Vaccination North-Western Provinces and Oudh 1896-1901 - 1896-1901
Year: 1896
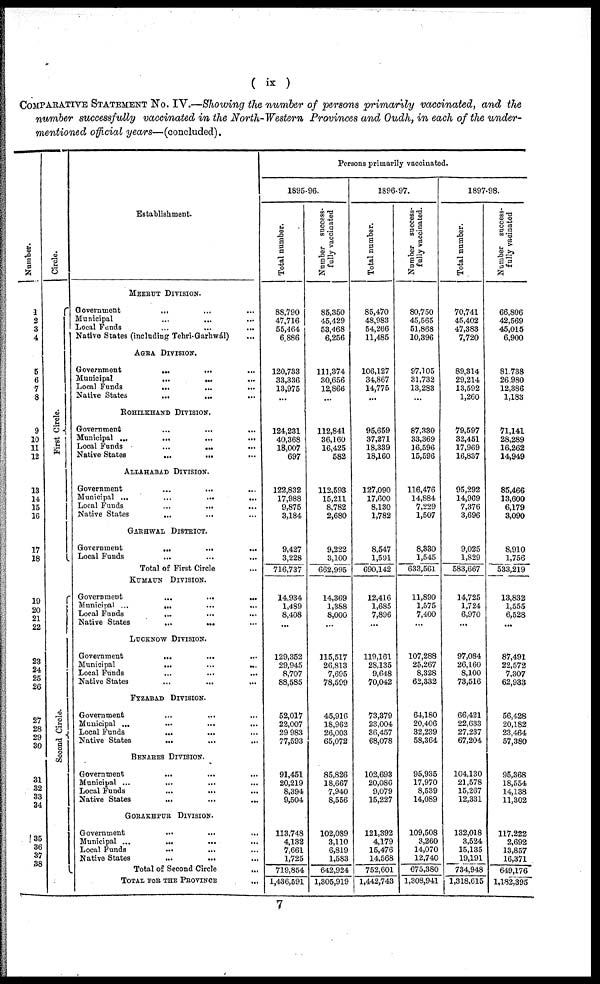
( ix)
COMPARATIVE STATEMENT No. IV.—Showing the number of persons primarily vaccinated, and the
number successfully vaccinated in the North-Western Provinces and Oudh, in each of the under-
mentioned official years—(concluded).
Number.
1
2
3
4
5
6
7
8
9
10
11
12
13
14
15
16
17
18
19
20
21
22
23
24
25
26
27
28
29
30
31
32
33
34
35
36
37
38
Circle.
First Circle.
Se c ond Circle.
Establishment.
MEERUT DIVISION.
Government
... ... ...
Municipal
...
... ...
Local Funds ... ... ...
Native States (including Tehri-Garhwál) ...
AGRA DIVISION.
Government
...
... ...
Municipal
...
... ...
Local Funds
...
... ...
Native States
...
... ...
ROHILKHAND DIVISION.
Government ... ... ...
Municipal ...
...
...
...
Local Funds
...
... ...
Native States
...
...
...
ALLAHABAD DIVISION.
Government ... ... ...
Municipal ... ...
...
...
Local Funds
...
... ...
Native States
...
... ...
GARHWAL DISTRICT.
Government
...
...
...
Local Funds ... ... ...
Total of First Circle ...
KUMAUN DIVISION.
Government
...
...
...
Municipal ...
... ...
Local Funds
... ... ...
Native States
...
... ...
LUCKNOW DIVISION.
Government
...
... ...
Municipal
... ... ...
Local Funds
...
...
...
Native States
...
...
...
FYZABAD DIVISION.
Government ... ... ...
Municipal ... ... ...
Local Funds
...
... ...
Native States
... ... ...
BENARES DIVISION.
Government
... ... ...
Municipal ...
... ...
Local Funds ... ... ...
Native States
...
...
...
GORAKHPUR DIVISION.
Government ... ... ...
Municipal ... ... ...
Local Funds
... ... ...
Native States
... ... ...
Total of Second Circle ...
TOTAL FOR THE PROVINCE ...
Persons primarily vaccinated.
1895-96.
Total number.
88,790
47,716
55,464
6,886
120,733
33,336
13,975
...
124,231
40,368
18,007
697
122,832
17,988
9,875
3,184
9,427
3,228
716,737
14,934
1,489
8,408
...
129,352
29,945
8,707
88,585
52,017
22,007
29,983
77,593
91,451
20,219
8,394
9,504
113,748
4,132
7,661
1,725
719,854
1,436,591
Number success-
fully vaccinated
85,350
45,429
53,468
6,256
111,374
30,656
12,866
...
112,841
36,160
16,425
582
112,593
15,211
8,782
2,680
9,222
3,100
662,995
14,369
1,388
8,000
...
115,517
26,813
7,695
78,599
45,916
18,962
26,003
65,072
85,826
18,667
7,940
8,556
102,089
3,110
6,819
1,583
642,924
1,305,919
1896-97.
Total number.
85,470
48,983
54,266
11,485
106,127
34,867
14,775
...
95,659
37,271
18,339
18,160
127,090
17,600
8,130
1,782
8,547
1,591
690,142
12,416
1,685
7,896
...
119,161
28,135
9,648
70,042
73,379
23,004
36,457
68,078
102,693
20,086
9,079
15,227
121,392
4,179
15,476
14,568
752,601
1,442,743
Number success-
fully vaccinated.
80,750
45,565
51,868
10,396
97,105
31,732
13,283
...
87,330
33,369
16,596
15,596
116,476
14,884
7,229
1,507
8,330
1,545
633,561
11,890
1,575
7,400
...
107,288
25,267
8,328
62,332
64,180
20,406
32,239
58,364
95,935
17,970
8,539
14,089
109,508
3,260
14,070
12,740
675,380
1,308,941
1897-98.
Total number.
70,741
45,402
47,383
7,720
89,314
29,214
13,592
1,260
79,597
32,451
17,969
16,837
95,292
14,969
7,376
3,696
9,025
1,829
583,667
14,725
1,724
6,970
...
97,084
26,160
8,100
73,516
66,421
22,633
27,237
67,204
104,130
21,578
15,267
12,331
132,018
3,524
15,135
19,191
734,948
1,318,615
Number success-
fully vacinated
66,806
42,569
45,015
6,900
81,738
26,980
12,386
1,183
71,141
28,289
16,262
14,949
85,466
13,600
6,179
3,090
8,910
1,756
533,219
13,832
1,555
6,528
...
87,491
22,572
7,307
62,933
56,428
20,182
23,464
57,380
95,368
18,554
14,138
11,302
117,222
2,692
13,857
16,371
649,176
1,182,395
7